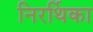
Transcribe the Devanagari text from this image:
निरर्थिका